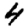
Digit: 4